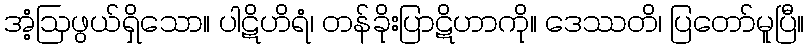
အံ့ဩဖွယ်ရှိသော။ ပါဋိဟိရံ၊ တန်ခိုးပြာဋိဟာကို။ ဒေဿတိ၊ ပြတော်မူပြီ။